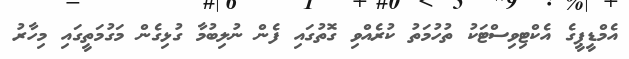
އެމްޑީޕީގެ އެކްޓިވިސްޓަކު ތުހުމަތު ކުރެއްވި ގޮތުގައި ފެން ނުލިބުމާ ގުޅިގެން މަގުމަތީގައި މިހާރު